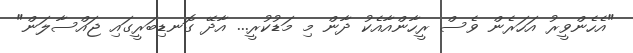
"އެހެންވީރު އަހަރެން ވެސް ރީހާންއާއެކު ދާން މި މަޑުކުރީ... އާދޭ ގޮނޑިބަރީގައި ޖައްސާލަން"